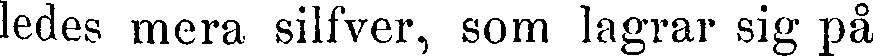
ledes mera silfver, som lagrar sig på